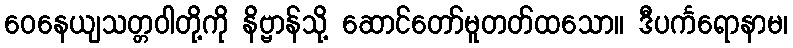
ဝေနေယျသတ္တဝါတို့ကို နိဗ္ဗာန်သို့ ဆောင်တော်မူတတ်ထသော။ ဒီပင်္ကရောနာမ၊